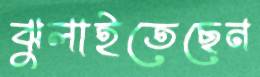
ঝুলাইতেছেন